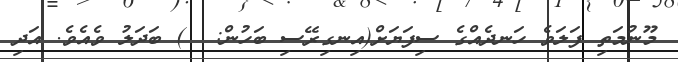
މޫނުމަތި ފަލަވެ ހަނދެއްގެ ސިފަޔަށް(އިނގިރޭސި ބަހުން:  ) ބަދަލު ވެއެވެ. އަދި